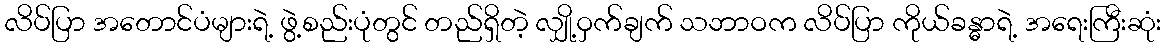
လိပ်ပြာ အတောင်ပံများရဲ့ ဖွဲ့စည်းပုံတွင် တည်ရှိတဲ့ လျှို့ဝှက်ချက် သဘာဝက လိပ်ပြာ ကိုယ်ခန္ဓာရဲ့ အရေးကြီးဆုံး